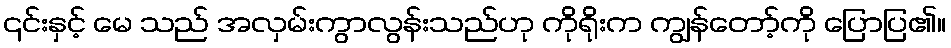
၎င်းနှင့် မေ သည် အလှမ်းကွာလွန်းသည်ဟု ကိုရိုးက ကျွန်တော့်ကို ပြောပြ၏။